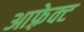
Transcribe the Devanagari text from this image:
आफ़्रेक्ट